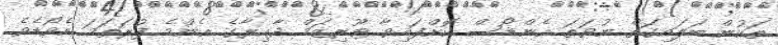
ތަކުން ބަލައިގަތް ނުވަތަ އެންޑޯސް ކޮށްފައިވާ ޓޫރިޒަމް ދާއިރާގެ އެންމެ ފުރަތަމަ އެވޯޑެވެ.